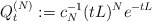
\begin{align*} Q_t^{(N)}:=c_N^{-1}(tL)^{N} e^{-tL}\end{align*}